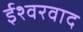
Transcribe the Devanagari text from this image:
ईश्‍वरवाद